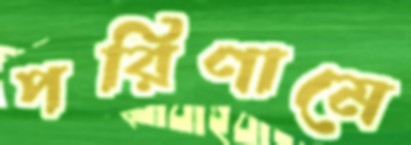
পরিণামে